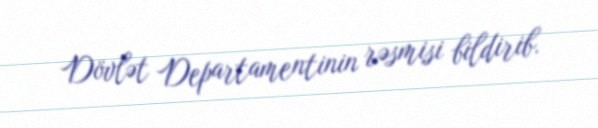
Dövlət Departamentinin rəsmisi bildirib.